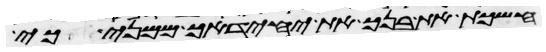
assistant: חשכת את בנך את יחידך ממני כי